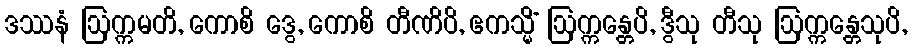
ဒဿနံ ဩက္ကမတိ, ကောစိ ဒွေ, ကောစိ တီဏိပိ, ဧကသ္မိံ ဩက္ကန္တေပိ, ဒွီသု တီသု ဩက္ကန္တေသုပိ,